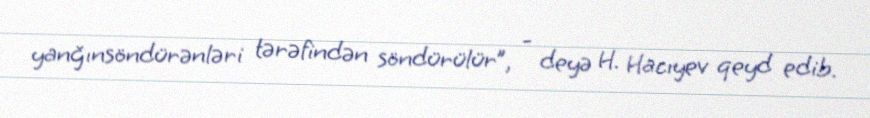
yanğınsöndürənləri tərəfindən söndürülür”, - deyə H. Hacıyev qeyd edib.